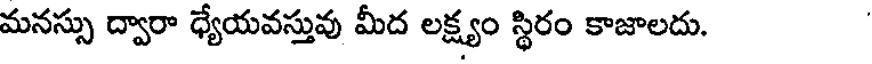
మనస్సు ద్వారా ధ్యేయవస్తువు మీద లక్ష్యం స్థిరం కాజాలదు.